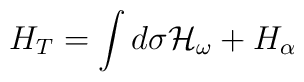
H_T=\int d{\sigma}{\cal H}_{\omega}+H_{\alpha}